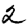
Digit: 2